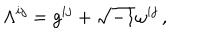
LaTeX: \Lambda ^ { i j } = g ^ { i j } + \sqrt { - 1 } \omega ^ { i j } \, ,